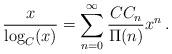
LaTeX: \begin{align*} \frac{x}{\log_C(x)}=\sum_{n=0}^\infty\frac{CC_n}{\Pi(n)}x^n\,. \end{align*}